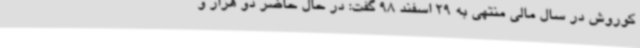
کوروش در سال مالی منتهی به 29 اسفند 98 گفت: در حال حاضر دو هزار و